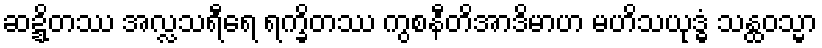
ဆဍ္ဍိတဿ အလ္လသရီရေ ရက္ခိတဿ ကွစနီတိအာဒိမာဟ မဟိသယုဒ္ဓံ သန္ထဝသ္မာ